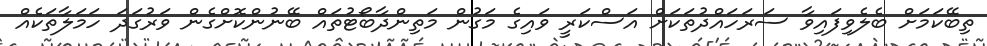
ތިބޭކަމަށް ބެލެވިފައިވާ ސަރަހައްދުތަކަށް އަސްކަރީ ވައިގެ މަގުން މަތިންދާބޯޓުތައް ބޭނުންކޮށްގެން ވަރުގަދަ ހަމަލާތަކެއް